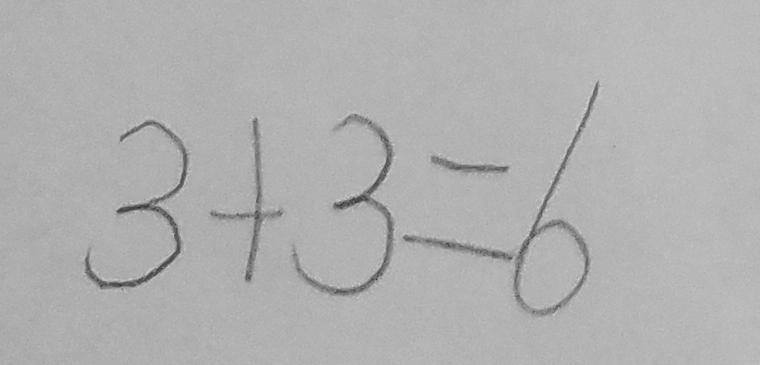
3 + 3 = 6